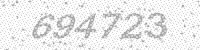
Solution: 694723